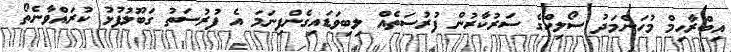
އިބްރާހިމް މުހަންމަދު ސޯލިހްގެ ސަރުކާރުން ފުރުސަތެއް ލިބިވަޑައިގެންފިނަމަ އެ ފުރުސަތު ގަބޫލުފުޅު ކުރައްވާނެތޯ